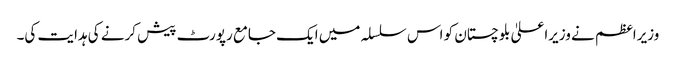
وزیراعظم نے وزیراعلیٰ بلوچستان کو اس سلسلہ میں ایک جامع رپورٹ پیش کرنے کی ہدایت کی۔